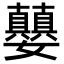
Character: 𪦵